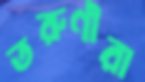
তরুণীরা